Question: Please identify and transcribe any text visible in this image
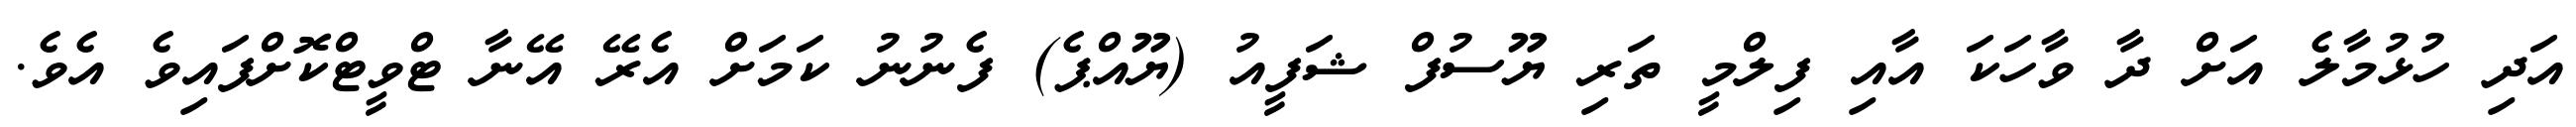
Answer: އަދި ހުޅުމާލެ އަށް ދާ ވާހަކަ އާއި ފިލްމީ ތަރި ޔޫސުފް ޝަފީއު (ޔޫއްޕެ) ފެނުނު ކަމަށް އެރޭ އޭނާ ޓްވީޓްކޮށްފައިވެ އެވެ.